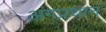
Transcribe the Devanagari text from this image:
अंगप्रधान